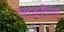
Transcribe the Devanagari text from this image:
भावरीवर